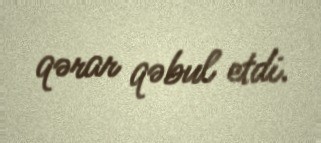
qərar qəbul etdi.